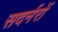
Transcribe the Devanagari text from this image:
सदर्नरों